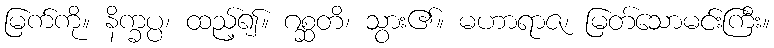
မြက်ကို။ နိက္ခပ္ပ၊ ထည့်၍။ ဂစ္ဆတိ၊ သွား၏။ မဟာရာဇ၊ မြတ်သောမင်းကြီး။